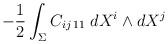
LaTeX: \begin{align*}-\frac{1}{2} \int_{\Sigma} C_{ij\, 11}\;d X^i \wedge d X^j \end{align*}